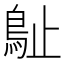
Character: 𣦘